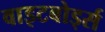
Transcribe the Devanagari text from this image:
वाइटबोर्ड्स